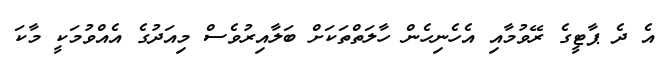
އެ ދެ ޕާޓީގެ ރޭވުމާއި އެހެނިހެން ހާލަތްތަކަށް ބަލާއިރުވެސް މިއަދުގެ އެއްވުމަކީ މާކަ